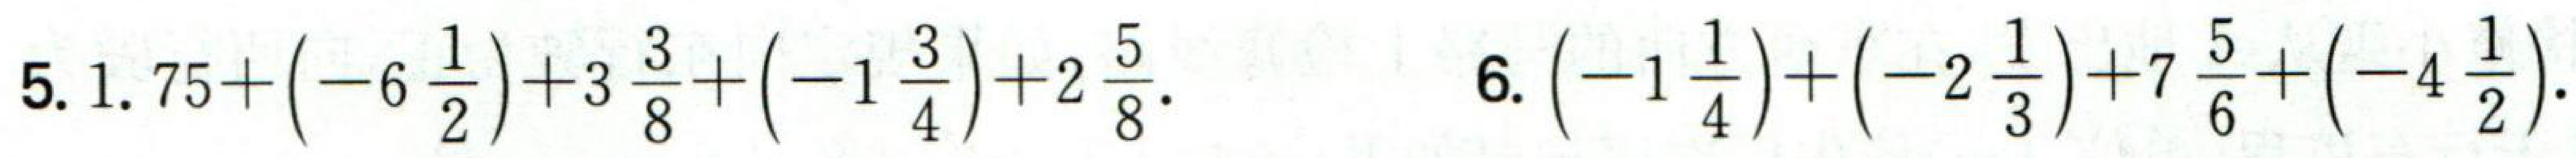
5. \(1.75+\left(-6\frac{1}{2}\right)+3\frac{3}{8}+\left(-1\frac{3}{4}\right)+2\frac{5}{8}\).
6. \(\left(-1\frac{1}{4}\right)+\left(-2\frac{1}{3}\right)+7\frac{5}{6}+\left(-4\frac{1}{2}\right)\).